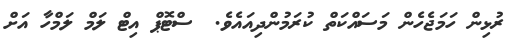
ރުޅިން ހަމަޖެހެން މަސައްކަތް ކުރަމުންދިއައެވެ.  ސްޓޮޕް އިޓް ލަމް ލަމްހާ އަށް